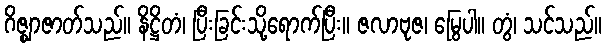
ဂိဇ္ဈာဇာတ်သည်။ နိဋ္ဌိတံ၊ ပြီးခြင်းသို့ရောက်ပြီး။ ဇလာဗုဇ၊ မြွေပါ။ တွံ၊ သင်သည်။